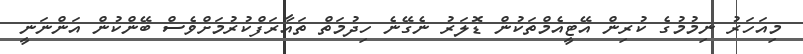
މިއަހަރު ނިމުމުގެ ކުރިން އޭޓީއެމްތަކުން ޑޮލަރު ނެގޭނެ ހިދުމަތް ތައާރަފްކުރުމަށްވެސް ބޭންކުން އަންނަނީ